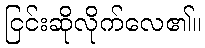
ငြင်းဆိုလိုက်လေ၏။